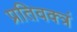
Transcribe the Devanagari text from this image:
प्रतिवक्त्रं